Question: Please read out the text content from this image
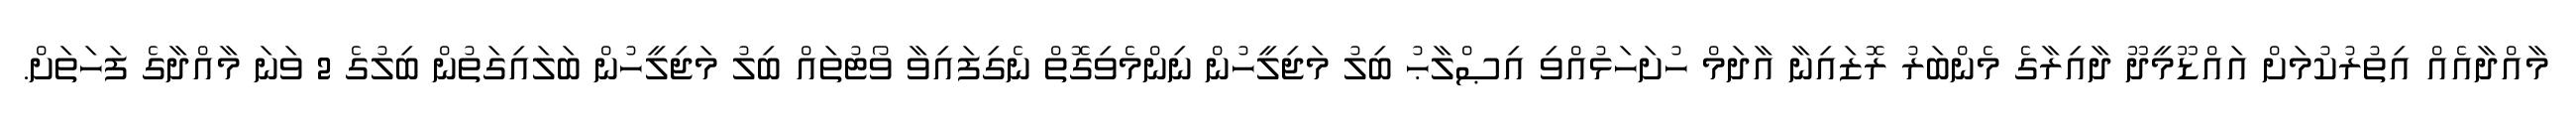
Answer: މާއްދާއެއް އިތުރުކުމަށް އައްޑޫމީދޫ ދާއިރާގެ މެންބަރު ރޮޒައިނާ އާދަމް ހުށަހަޅުއްވި އިޞްލާޙު ބިލު މަޖިލީހުން ނިންމެވިގޮތް ނެގިފައިވާ ވޯޓުތައް ބިލު މަޖިލީހުން ބަލައިގަތުން ބިލުގެ 2 ވަނަ މާއްދާގެ ފަހަތަށް.